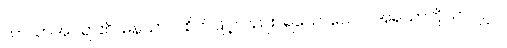
သာယာအပ်ရာ၏။ မနသာပိ၊ စိတ်ဖြင့်လည်း။ ရသောယေဝ၊ အရသာကိုသာလျှင်။